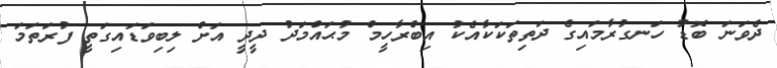
ދެވަނަ ބޮޑު ހަނގުރާމައިގެ ދަތިތަކަކާއެކު އިބްރާހީމް މުޙައްމަދު ދީދީ އަށް ލިބިވަޑައިގަތީ ފުރަތަމަ